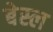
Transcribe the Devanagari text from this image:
बेस्ल